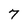
Character: 7